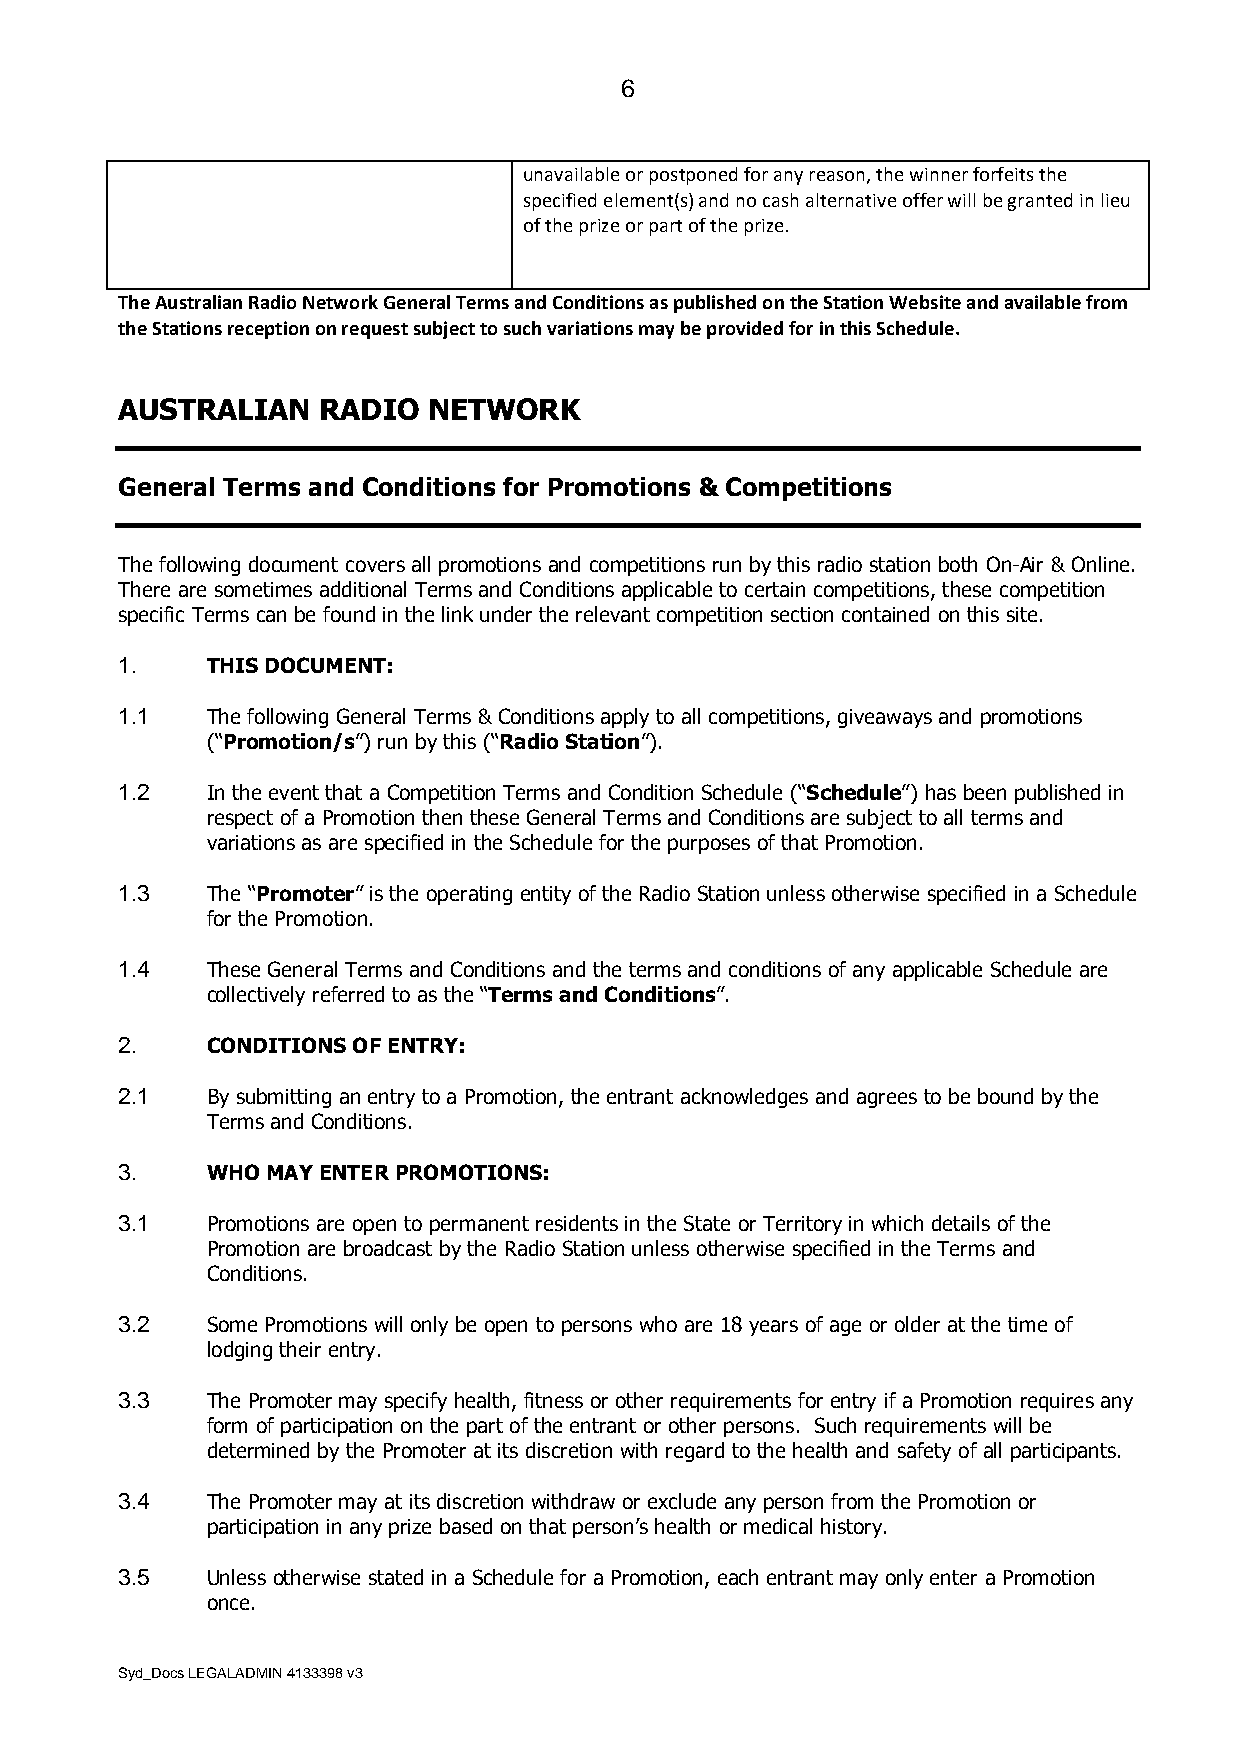
6
 unavailable or postponed for any reason, the winner forfeits the
 specified element(s) and no cash alternative offer will be granted in lieu
 of the prize or part of the prize.
 The Australian Radio Network General Terms and Conditions as published on the Station Website and available from
 the Stations reception on request subject to such variations may be provided for in this Schedule.
 AUSTRALIAN   RADIO  NETWORK
 General Terms and Conditions for Promotions & Competitions
 The following document covers all promotions and competitions run by this radio station both On-Air & Online.
 There are sometimes additional Terms and Conditions applicable to certain competitions, these competition
 specific Terms can be found in the link under the relevant competition section contained on this site.
 1.    THIS DOCUMENT:
 1.1   The following General Terms & Conditions apply to all competitions, giveaways and promotions
 (“Promotion/s”) run by this (“Radio Station”).
 1.2   In the event that a Competition Terms and Condition Schedule (“Schedule”) has been published in
 respect of a Promotion then these General Terms and Conditions are subject to all terms and
 variations as are specified in the Schedule for the purposes of that Promotion.
 1.3   The “Promoter” is the operating entity of the Radio Station unless otherwise specified in a Schedule
 for the Promotion.
 1.4   These General Terms and Conditions and the terms and conditions of any applicable Schedule are
 collectively referred to as the “Terms and Conditions”.
 2.    CONDITIONS OF ENTRY:
 2.1   By submitting an entry to a Promotion, the entrant acknowledges and agrees to be bound by the
 Terms and Conditions.
 3.    WHO MAY ENTER PROMOTIONS:
 3.1   Promotions are open to permanent residents in the State or Territory in which details of the
 Promotion are broadcast by the Radio Station unless otherwise specified in the Terms and
 Conditions.
 3.2   Some Promotions will only be open to persons who are 18 years of age or older at the time of
 lodging their entry.
 3.3   The Promoter may specify health, fitness or other requirements for entry if a Promotion requires any
 form of participation on the part of the entrant or other persons. Such requirements will be
 determined by the Promoter at its discretion with regard to the health and safety of all participants.
 3.4   The Promoter may at its discretion withdraw or exclude any person from the Promotion or
 participation in any prize based on that person’s health or medical history.
 3.5   Unless otherwise stated in a Schedule for a Promotion, each entrant may only enter a Promotion
 once.
 Syd_Docs LEGALADMIN 4133398 v3